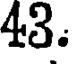
43.